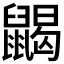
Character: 𪕭